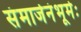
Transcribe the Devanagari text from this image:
संमार्जनंभूमेः